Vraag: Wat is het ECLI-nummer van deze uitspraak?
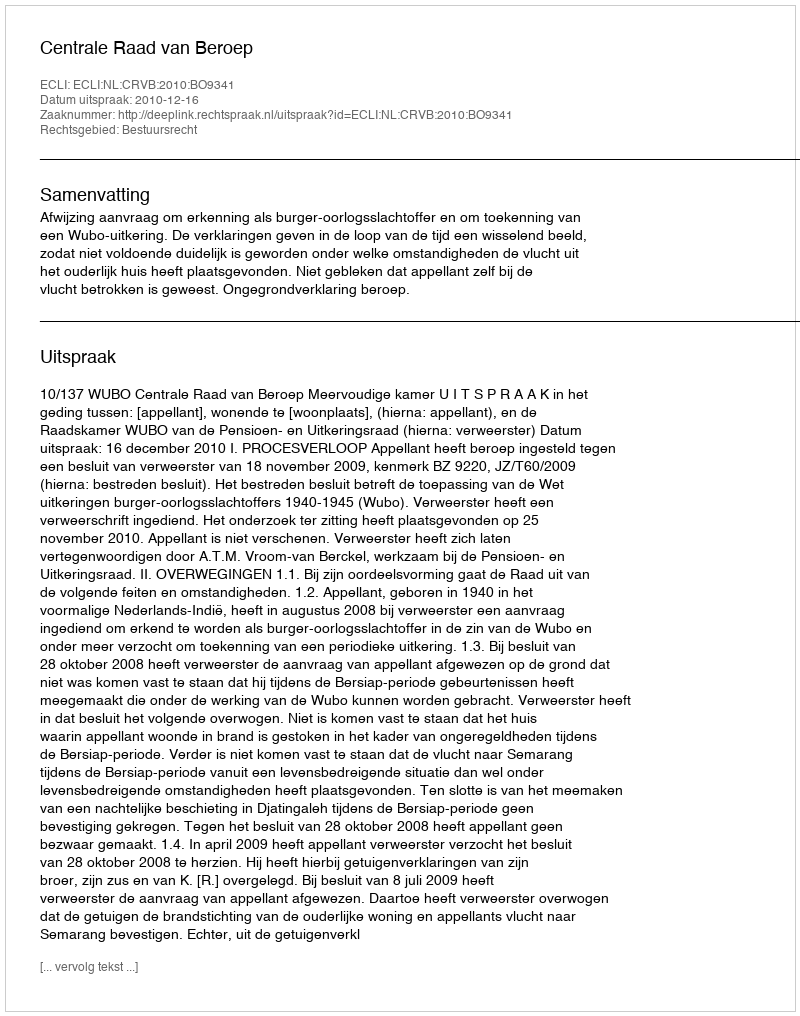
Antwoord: ECLI:NL:CRVB:2010:BO9341